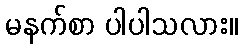
မနက်စာ ပါပါသလား။